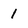
Character: 1